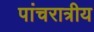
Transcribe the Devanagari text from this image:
पांचरात्रीय